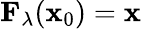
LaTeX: \mathbf{F}_{\lambda}(\mathbf{x}_{0})=\mathbf{x}